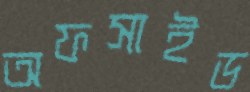
অফসাইড